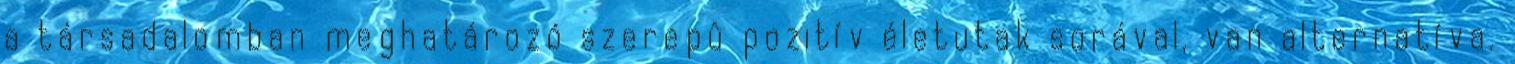
a társadalomban meghatározó szerepû pozitív életutak sorával, van alternatíva.